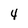
Character: 4